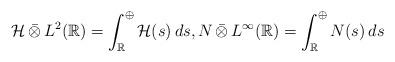
LaTeX: \begin{align*}\mathcal{H}\,\bar{\otimes}\,L^2(\mathbb{R}) = \int_\mathbb{R}^\oplus \mathcal{H}(s)\,ds, N\,\bar{\otimes}\,L^\infty(\mathbb{R}) = \int_\mathbb{R}^\oplus N(s)\,ds \end{align*}